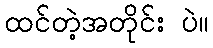
ထင်တဲ့အတိုင်း ပဲ။